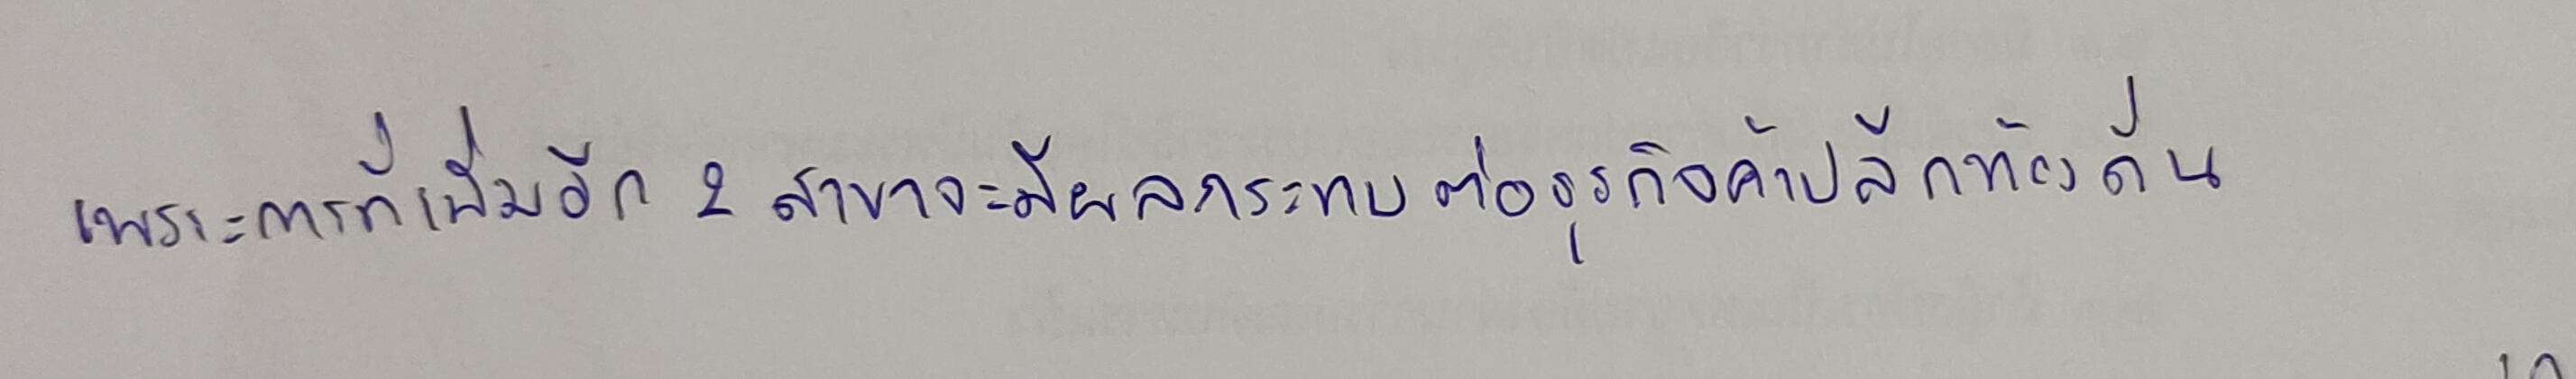
เพราะการที่เพิ่มอีก2สาขาจะมีผลกระทบต่อธุรกิจค้าปลีกท้องถิ่น